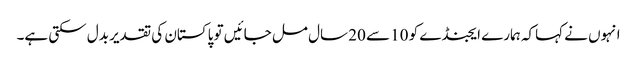
انہوں نے کہاکہ ہمارے ایجنڈے کو 10 سے 20 سال مل جائیں تو پاکستان کی تقدیر بدل سکتی ہے۔